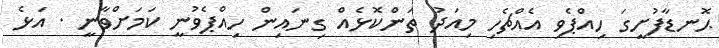
ޙޮނޑާފުށީގަ ހިއްޕެވި އެއްޗެހި މިއަދު ތަންކޮޅެއް ގިނައިން ހިއްޕެވުނީ ކަމަށްވާނީ . އަޅެ